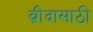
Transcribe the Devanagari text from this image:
ब्रीदासाठी